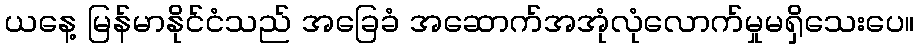
ယနေ့ မြန်မာနိုင်ငံသည် အခြေခံ အဆောက်အအုံလုံလောက်မှုမရှိသေးပေ။